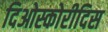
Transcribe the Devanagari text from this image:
दिओस्कोरीदिस